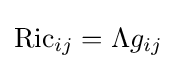
\operatorname {Ric} _{ij}=\Lambda g_{ij}